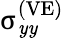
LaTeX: {\upsigma}_{\mathit{y}\mathit{y}}^{\left(\mathrm{{VE}}\right)}